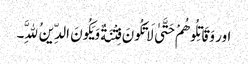
اور وَقَاتِلُوهُمْ حَتَّیٰ لَا تَکُونَ فِتْنَةٌ وَیَکُونَ الدِّینُ لِلَّهِ۔